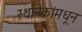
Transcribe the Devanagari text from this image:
स्थानकांमधून